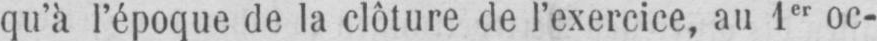
qu’à l’époque de la clôture de l’exercice, au 1er oc-